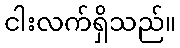
ငါးလက်ရှိသည်။